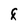
Character: F